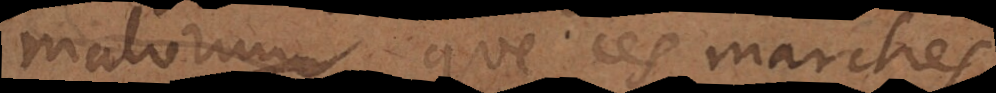
malorum que ces marches